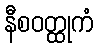
နီစဝတ္ထုကံ